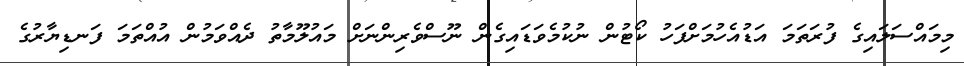
މިމައްސަލައިގެ ފުރަތަމަ އަޑުއެހުމަށްފަހު ކޯޓުން ނުކުމެވަޑައިގެން ނޫސްވެރިންނަށް މައުލޫމާތު ދެއްވަމުން އުއްތަމަ ފަނޑިޔާރުގެ